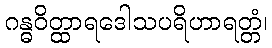
ဂန္ဓဝိတ္ထာရဒေါသပရိဟာရတ္တံ၊